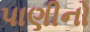
પાણીનો